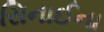
સિનાઈના